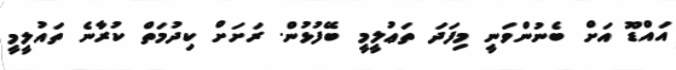
އައްޑޫ އަށް ބެނުންވަނީ މިފަދަ ތަޢުލީމީ ބޭފުޅުން. ރަށަށް ކިދުމަތް ކުރާނެ ތައުލީމީ